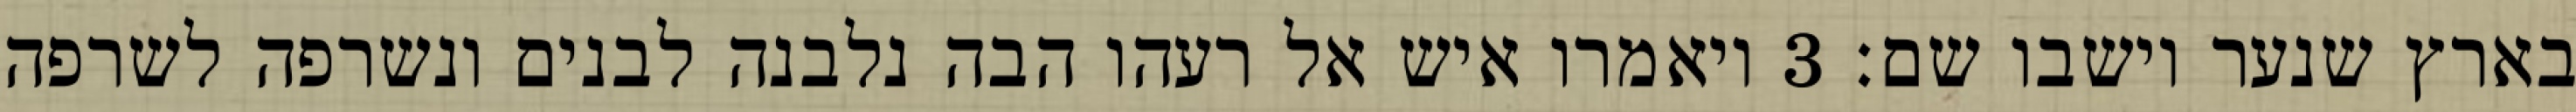
בארץ שנער וישבו שם׃ ‎3‏ ויאמרו איש אל רעהו הבה נלבנה לבנים ונשרפה לשרפה